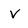
Character: v